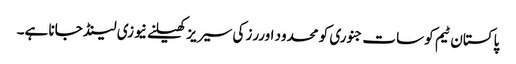
پاکستان ٹیم کو سات جنوری کو محدود اوررز کی سیریز کھیلنے نیوزی لینڈ جانا ہے۔